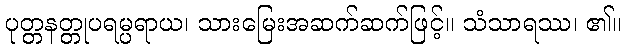
ပုတ္တနတ္တုပရမ္ပရာယ၊ သားမြေးအဆက်ဆက်ဖြင့်။ သံသာရဿ၊ ၏။